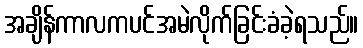
အချိန်ကာလကပင်အမဲလိုက်ခြင်းခံခဲ့ရသည်။